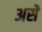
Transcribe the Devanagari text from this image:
असेे